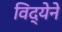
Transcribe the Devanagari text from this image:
विद्येने